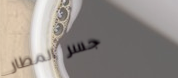
جسر المطار